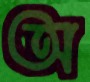
অ